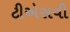
ટીએસવી